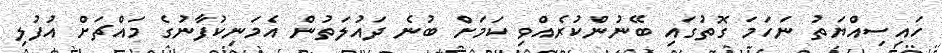
ހައިސިއްޔަތު ނަހަމަ ގޮތުގައި ބޭނުންކުރެއްވި ކަމަށް ބުނެ ދައުލަތުން އެމަނިކުފާނުގެ މައްޗަށް އުފުލި